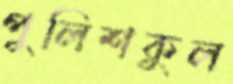
পুলিশকুল